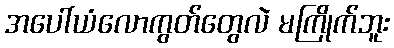
အပေါ်ယံလောကွတ်တွေလဲ မကြိုက်ဘူး